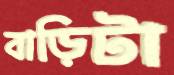
বাড়িটা